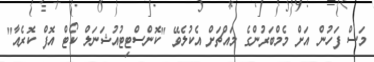
މަސް ފަހުން އަށް މެމްބަރުންގެ މައްޗަށް އެކުލެވޭ "ކޮންސްޓިޓުއުޝަނަލް ކޯޓް އޮފް ކޮރެއާ"